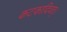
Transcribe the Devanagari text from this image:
कटकादिवत्।